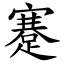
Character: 蹇